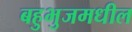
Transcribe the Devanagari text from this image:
बहुभुजमधील